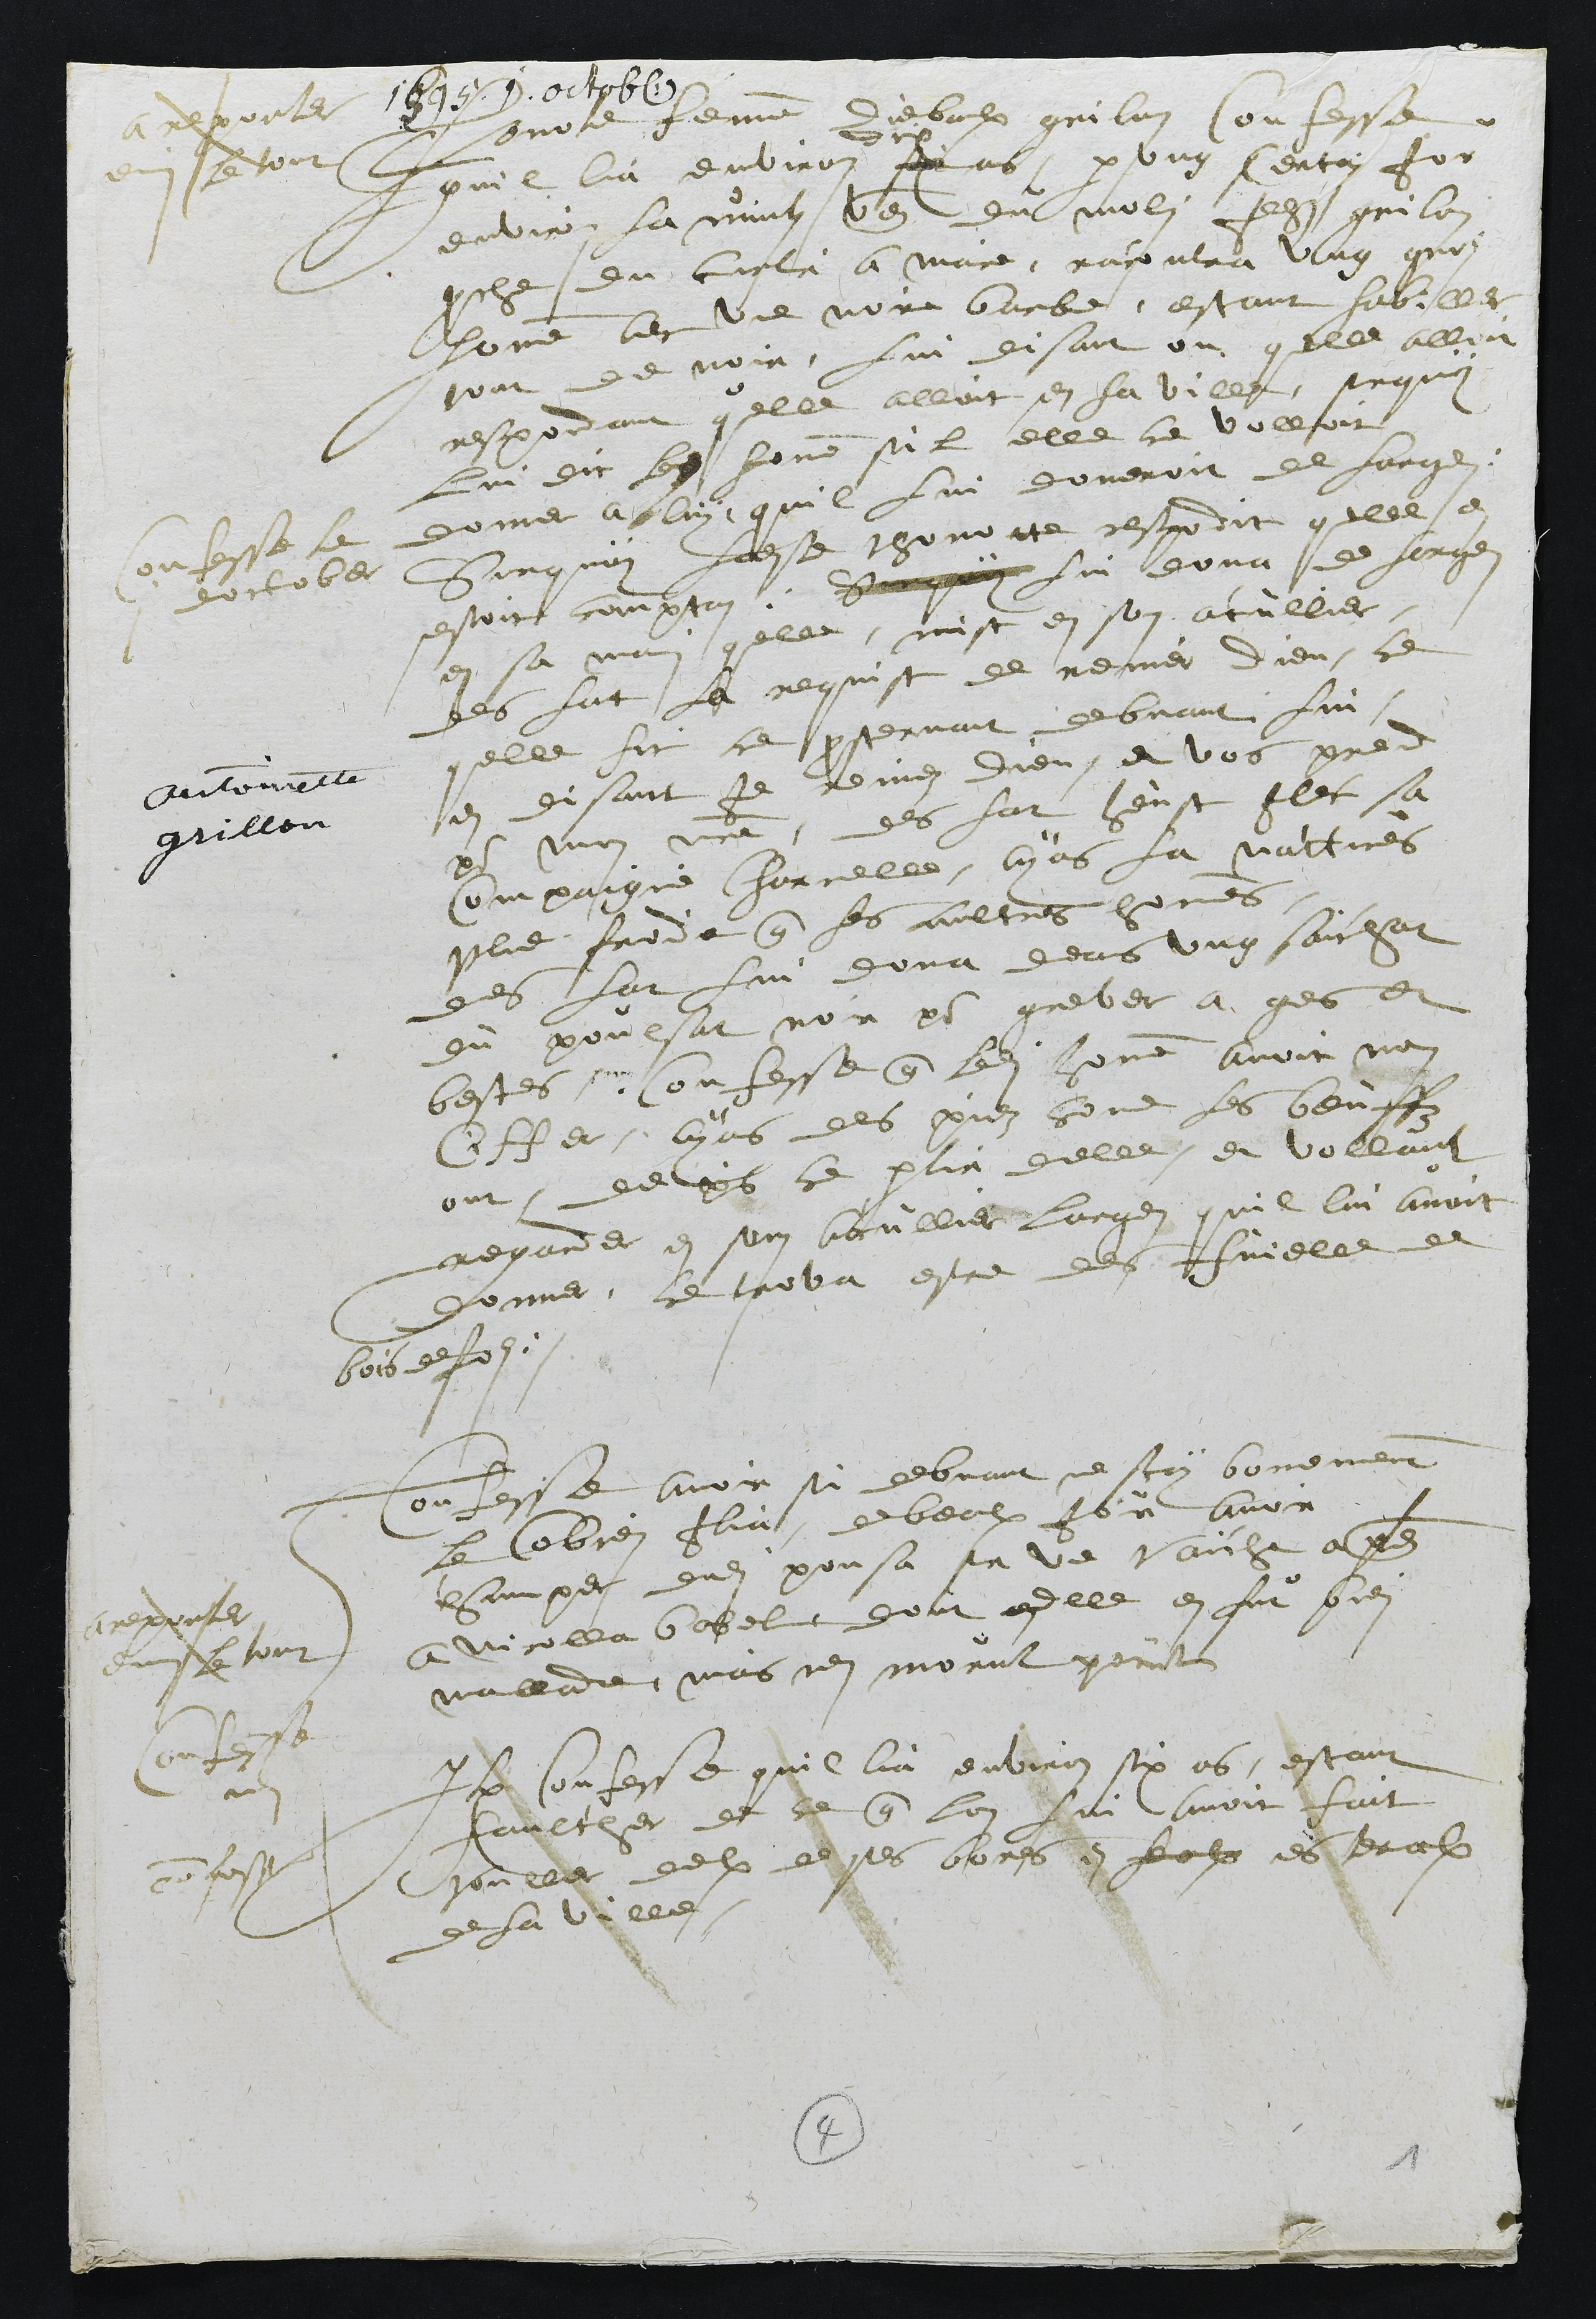
1595 1 octob.
Antoinette
grillon
A reporter
emi le tout
Confesse le
1 doctober
Thonote femme diebaulx grilon Confesse
quil lia environ six
dix
ans, par ung certain jor
environ la nuitz venant du molin Jehan grilon
proche du curti a maire, racontra ung groz
homme avec une noire barbe, estant habiller
tout de noir, lui disant ou quelle alloit
respondant quelle alloit en la ville, surquoy
lui dit ledit homme sil elle ce volloit
donner a luy, quil lui donneroit de largent
Surquoy ladite thonotte respondit quelle en
sestoit comptan, Sur quoy lui dona de largent
en sa main quelle mist en son acullier
des lat la requist de renier dieu ce
quelle fit ce prosternant debvant lui
en disant je reniez dieu, et vos prend
pour mon maitre, des lat heust Ilec sa
compaignie Charnelle, ayans la nattures
plus froide que les aultres hommes.
des lat lui donna deans ung sachat
du poulsat noir pour grever a gens et
bestes, Confesse que ledit homme avoit nom
Ciffer, ayans des piez comme les beuffz
ont, depuis ce partir delle, et vollant
regarder en son acullier largen quil lui avoit
donner, le trova estre des fuielle de
bois de foz.
A reporter
emmi le tout
Confesse
Confesse avoir si debvant ne scay bonemment
le Combien Ilia de beaulx Jor avoir
champer dudit pousa sur le vaiche apartenant
a Nicolla bobel dont elle en fut bien
malade, mais nen morut point
confesse
Item confesse quil lia environ six ans, estant
faulcher de ce que lon lui avoit fait
voullet deulx ses bores en lealx es teralx
de la ville
4
1